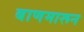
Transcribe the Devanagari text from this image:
बाणमारून